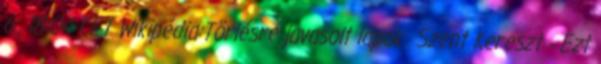
6., 18:04 CET Wikipédia:Törlésre javasolt lapok Szent Kereszt - Ezt